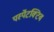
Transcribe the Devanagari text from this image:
पर्स्पेटक्टिव